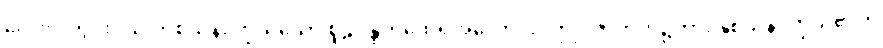
လေးလတွင်းဝယ် တစ်သိန်းကြွယ်သော စူဠပန္ထကထေရ်အလောင်းဝတ္ထု။ ဇာတက၌ကား နှစ်သိန်းကြွယ်၏ဟု